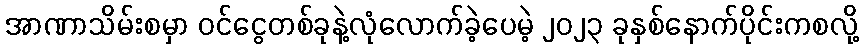
အာဏာသိမ်းစမှာ ဝင်ငွေတစ်ခုနဲ့လုံလောက်ခဲ့ပေမဲ့ ၂၀၂၃ ခုနှစ်နောက်ပိုင်းကစလို့